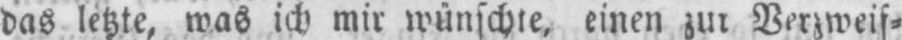
das letzte, was ich mir wünschte, einen zur Verzweif⸗